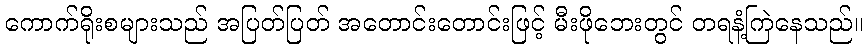
ကောက်ရိုးစများသည် အပြတ်ပြတ် အတောင်းတောင်းဖြင့် မီးဖိုဘေးတွင် တရနံ့ကြဲနေသည်။